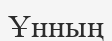
Ұнның